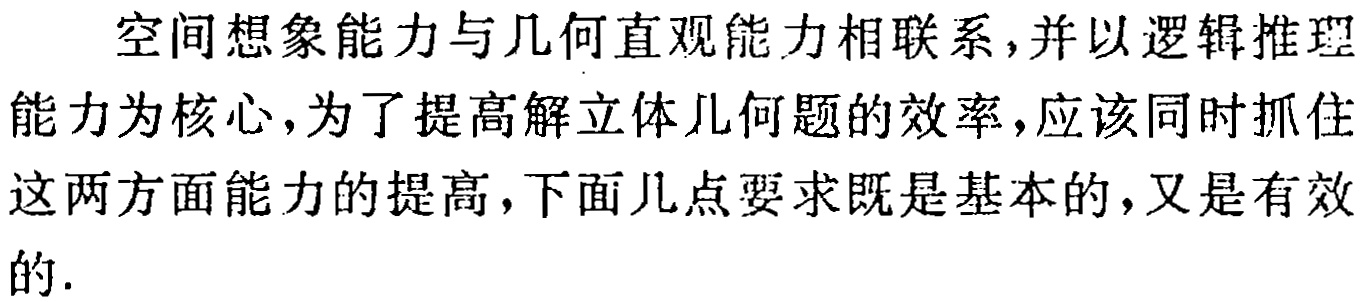
空间想象能力与几何直观能力相联系,并以逻辑推理能力为核心,为了提高解立体几何题的效率,应该同时抓住这两方面能力的提高,下面几点要求既是基本的,又是有效的.